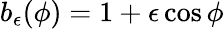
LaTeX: b_{\epsilon}(\phi)=1+\epsilon\cos\phi